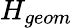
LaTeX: H_{geom}